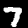
Label: 7